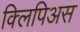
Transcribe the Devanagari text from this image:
क्लिपिअस